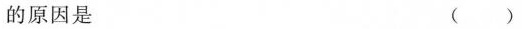
的原因是 ()